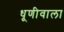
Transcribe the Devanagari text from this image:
धूणीवाला